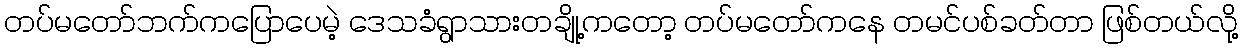
တပ်မတော်ဘက်ကပြောပေမဲ့ ဒေသခံရွာသားတချို့ကတော့ တပ်မတော်ကနေ တမင်ပစ်ခတ်တာ ဖြစ်တယ်လို့